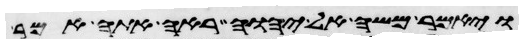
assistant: ויאמר משה אל יהוה ראה אתה אמר